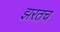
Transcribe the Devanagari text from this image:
झरतच